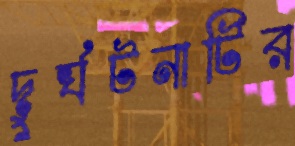
দুর্ঘটনাটির